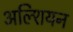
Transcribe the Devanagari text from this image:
अल्शियन